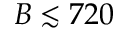
B \lesssim 7 2 0